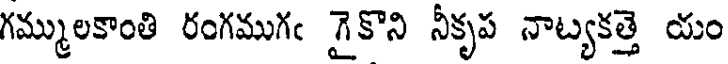
గమ్ములకాంతి రంగముగఁ గైకొని నీకృప నాట్యకత్తె యం